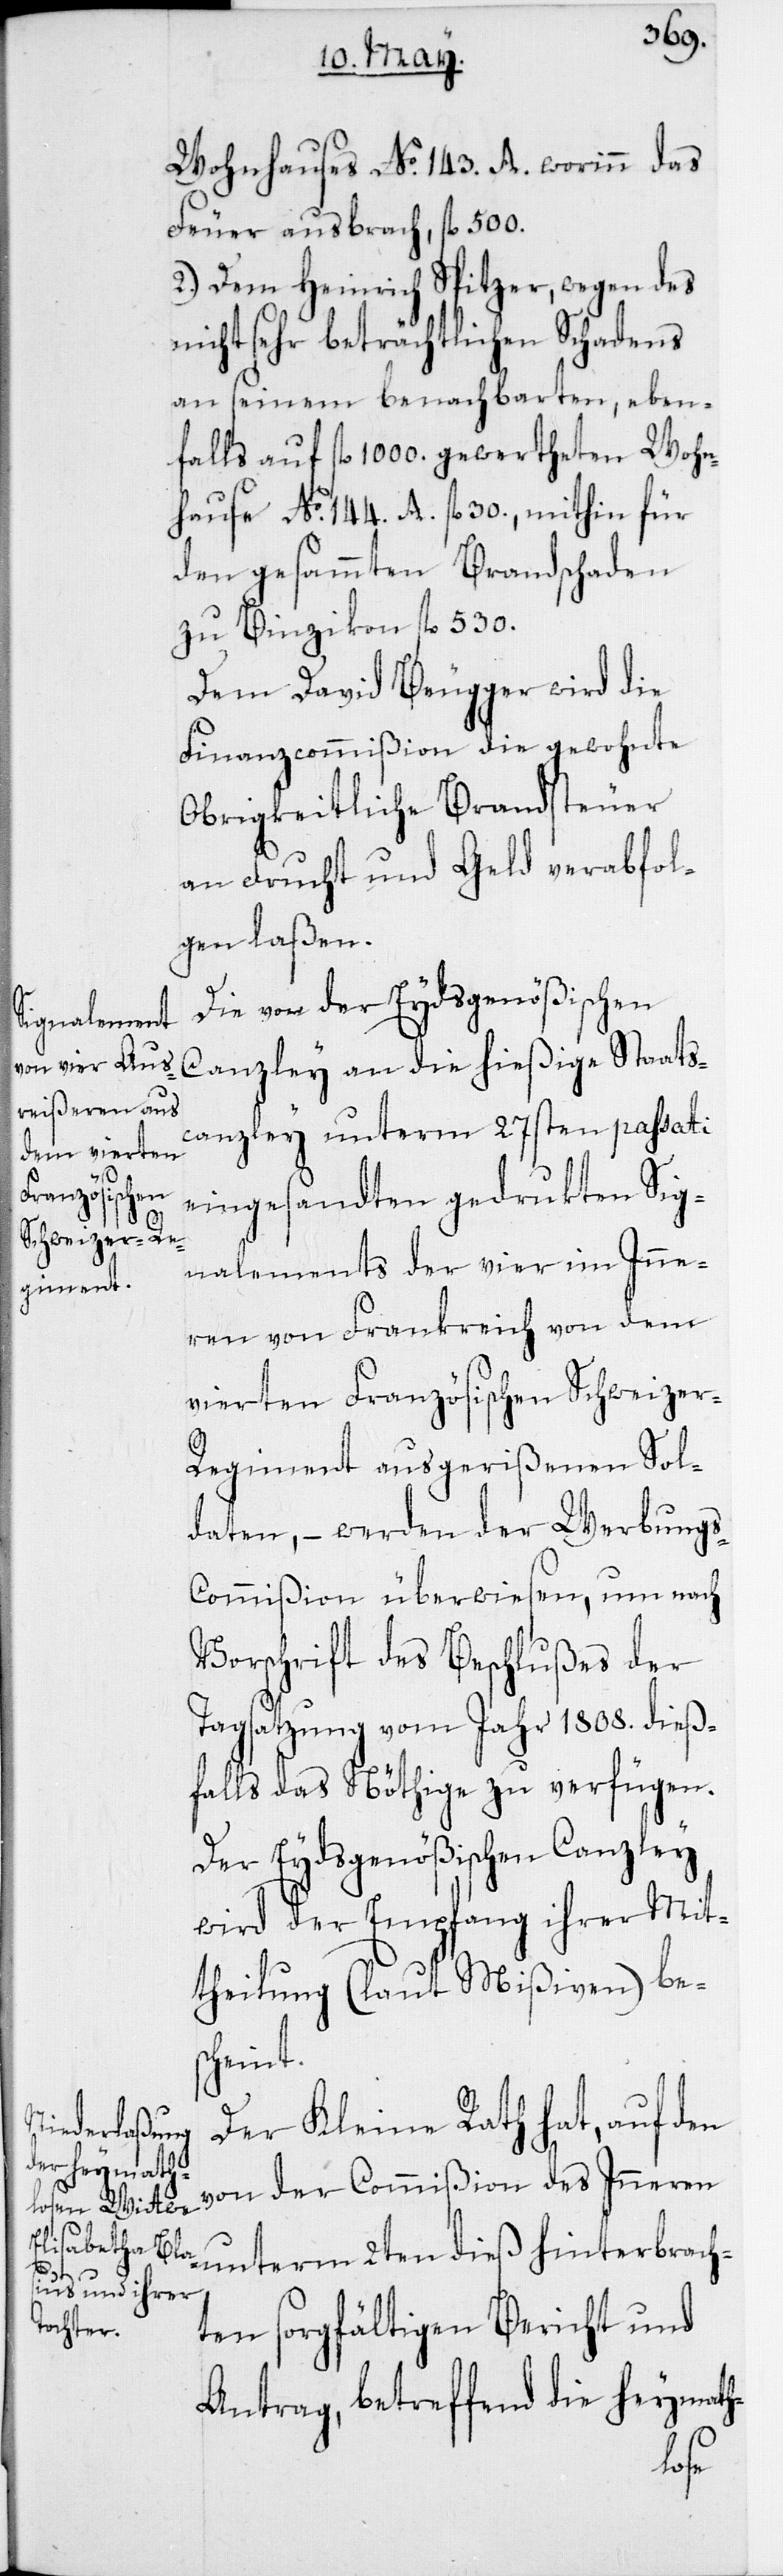
Wohnhauses No 143. A., worinn das
Feuer ausbrach, fl. 500.
2. Dem Heinrich Spitzer, wegen des
nicht sehr beträchtlichen Schadens
an seinem benachbarten, eben¬
falls auf fl. 1000. gewertheten Wohn¬
hause No 144. A. fl. 30., mithin für
den gesammten Brandschaden
zu Binzikon fl. 530.
Dem David Beugger wird die
Finanzcommißion die gewohnte
Obrigkeitliche Brandsteuer
an Frucht und Geld verabfol¬
gen laßen.
Die von der Eydsgenößischen
Canzley an die hießige Staats¬
canzley unterm 27sten passati
eingesandten gedrukten Sig¬
nalements der vier im Inne¬
ren von Frankreich von dem
vierten Französischen Schweize¬
r-Regiment ausgerißenen Sol¬
daten, – werden der Werbung¬
s-Commißion überwiesen, um nach
Vorschrift des Beschlußes der
Tagsatzung vom Jahr 1808. dieß¬
falls das Nöthige zu verfügen.
Der Eydsgenößischen Canzley
wird der Empfang ihrer Mit¬
theilung (laut Mißiven) be¬
scheint.
Der Kleine Rath hat, auf den
von der Commißion des Inneren
unterm 2ten dieß hinterbrach¬
ten sorgfältigen Bericht und
Antrag, betreffend die heymath-